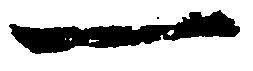
一